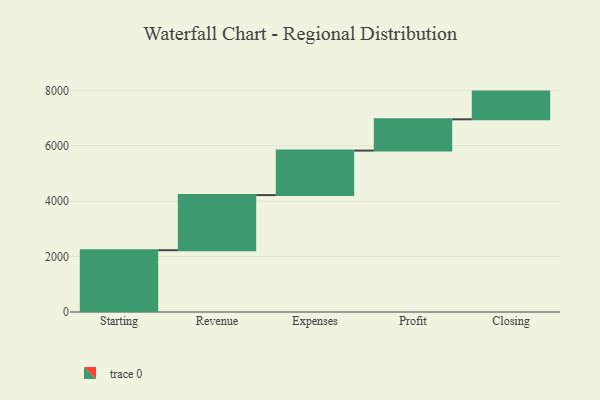
{"axis": {"x": "Step", "y": "Value"}, "legend": [""], "data": [{"x": "Starting", "y": 2230.0, "type": ""}, {"x": "Revenue", "y": 1989.0, "type": ""}, {"x": "Expenses", "y": 1606.0, "type": ""}, {"x": "Profit", "y": 1129.0, "type": ""}, {"x": "Closing", "y": 1000, "type": ""}]}